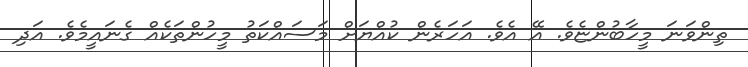
ތިންވަނަ މީހާބުންޏެވެ. އޭ އެވެ. އަހަރެން ކުއްޔަށް މަސައްކަތު މީހުންތަކެއް ގެނައީމެވެ. އަދި